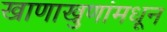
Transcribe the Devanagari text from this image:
खाणाखुणांमधून